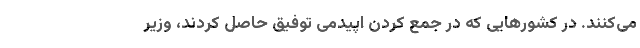
می‌کنند. در کشورهایی که در جمع کردن اپیدمی توفیق حاصل کردند، وزیر